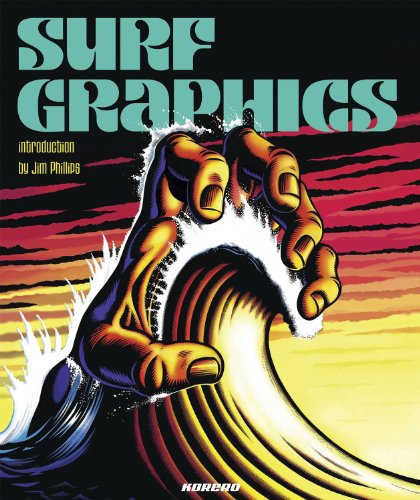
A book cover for Surf Graphics; Arts & Photography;